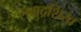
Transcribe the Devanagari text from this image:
समुद्रशिख